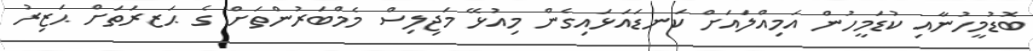
ބޮޑުމީހުނާއި ކުޑަމީހުން އަމިއްލައަށް ކަނޑައަޅައިގެން މިއުޅޭ މަޖިލިސް މެމްބަރުންތަށް ގެ ޙަޒރަތަށް ޙަޒިރު